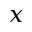
x